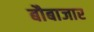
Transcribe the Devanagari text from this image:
बौबाजार